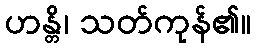
ဟန္တိ၊ သတ်ကုန်၏။